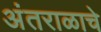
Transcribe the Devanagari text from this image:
अंतराळाचे